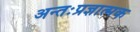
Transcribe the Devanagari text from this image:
अन्तःप्रज्ञात्मक